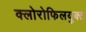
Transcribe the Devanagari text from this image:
क्लोरोफिलयुक्त